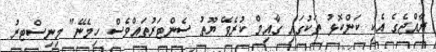
ރާއްޖެގެ އެކި ކަންކޮޅު ތަކުގައި ގާއިމް ކުރެވޭ ޔޫތު ސެންޓަރުތައްވެސް ހިމެނޭ" މިނިސްޓރު